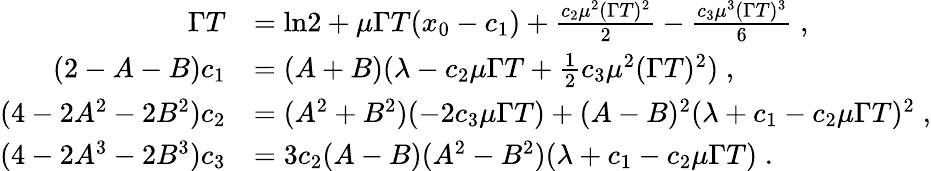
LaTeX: \begin{array}{rl}{\Gamma T}&{=\ln\! 2+\mu\Gamma T(x_{0}-c_{1})+\frac{c_{2}\mu^{2}(\Gamma T)^{2}}{2}-\frac{c_{3}\mu^{3}(\Gamma T)^{3}}{6}\; ,}\\ {(2-A-B)c_{1}}&{=(A+B)(\lambda-c_{2}\mu\Gamma T+\frac{1}{2}c_{3}\mu^{2}(\Gamma T)^{2})\; ,}\\ {(4-2A^{2}-2B^{2})c_{2}}&{=(A^{2}+B^{2})(-2c_{3}\mu\Gamma T)+(A-B)^{2}(\lambda+c_{1}-c_{2}\mu\Gamma T)^{2}\; ,}\\ {(4-2A^{3}-2B^{3})c_{3}}&{=3c_{2}(A-B)(A^{2}-B^{2})(\lambda+c_{1}-c_{2}\mu\Gamma T)\; .}\end{array}